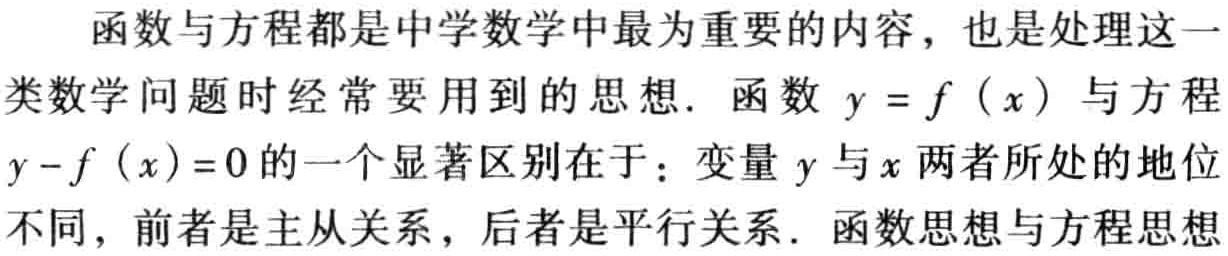
函数与方程都是中学数学中最为重要的内容，也是处理这一
类数学问题时经常要用到的思想. 函数 \(y = f(x)\) 与方程
\(y - f(x)=0\) 的一个显著区别在于：变量 \(y\) 与 \(x\) 两者所处的地位
不同，前者是主从关系，后者是平行关系. 函数思想与方程思想